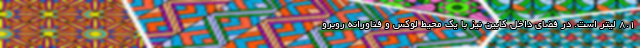
8.1 لیتر است. در فضای داخل کابین نیز با یک محیط لوکس و فناورانه روبرو